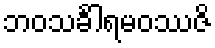
ဘဝသင်္ခါရမဝဿဇိ